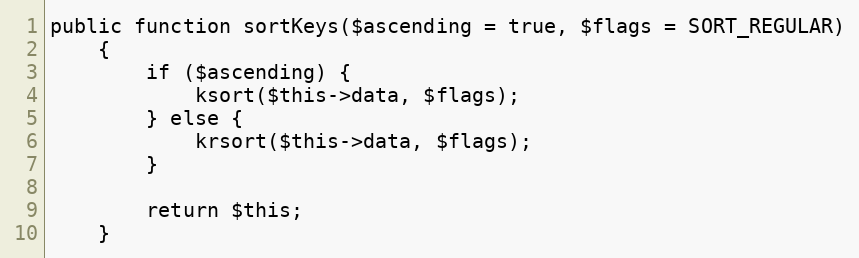
Language: PHP
public function sortKeys($ascending = true, $flags = SORT_REGULAR)
    {
        if ($ascending) {
            ksort($this->data, $flags);
        } else {
            krsort($this->data, $flags);
        }

        return $this;
    }